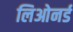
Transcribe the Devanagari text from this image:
लिओनर्ड